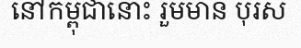
នៅកម្ពុជានោះ រួមមាន បុរស